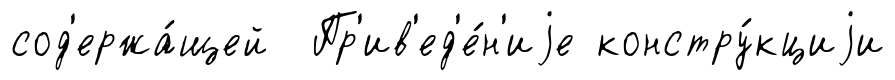
сод'ержа́щей Пр'ив'ед'е́н'иjе констру́кциjи